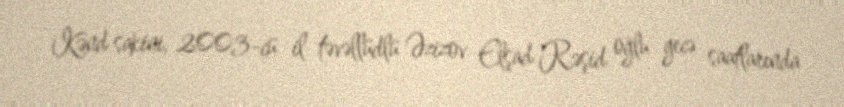
Kənd sakini, 2003-cü il təvəllüdlü Əzizov Elşad Rəşid oğlu gecə saatlarında